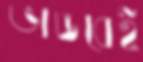
ভাঙবেই